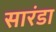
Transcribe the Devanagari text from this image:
सारंडा